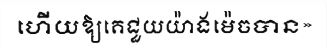
ហើយឱ្យគេជួយយ៉ាងម៉េចបាន»